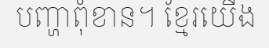
បញ្ហាពុំខាន។ ខ្មែរយើង